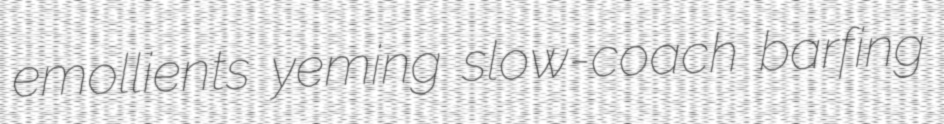
emollients yeming slow-coach barfing